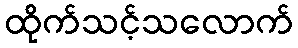
ထိုက်သင့်သလောက်